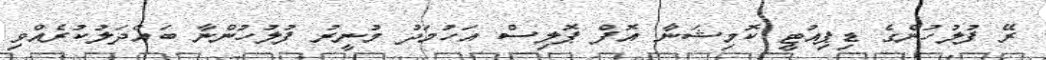
ރޭ ފުލުހުންގެ ޑިޕިއުޓީ ކޮމިޝަނާ އޮފް ޕޮލިސް އަހުމަދު މުނީރު ފުލުހުންނާ ބައްދަލުކުރެއްވި